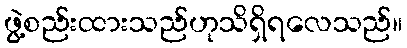
ဖွဲ့စည်းထားသည်ဟုသိရှိရလေသည်။